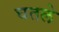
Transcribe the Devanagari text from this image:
घतले